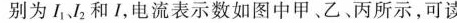
别为L_{1}、L_{2}和I，电流表示数如图中甲。乙、丙所示，可读